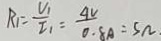
R _ { 1 } = \frac { V _ { 1 } } { I _ { 1 } } = \frac { 4 V } { 0 . 8 A } = 5 \Omega .